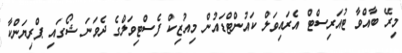
މިރޭ ބާއްވާ ޓުއަރިސްޓް އެރައިވަލް ކައުންޓްޑައުން މިއުޒިކް ފެސްޓިވަލްގެ ދެވަނަ ޝޯގައި ޕްރިޔަންކާ